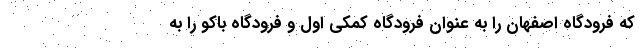
که فرودگاه اصفهان را به عنوان فرودگاه کمکی اول و فرودگاه باکو را به